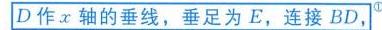
$D作x轴的垂线，垂足为E，连接BD,$